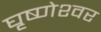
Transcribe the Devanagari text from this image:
घृष्‍णेश्‍वर